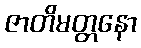
ဇာတိမတ္တနော